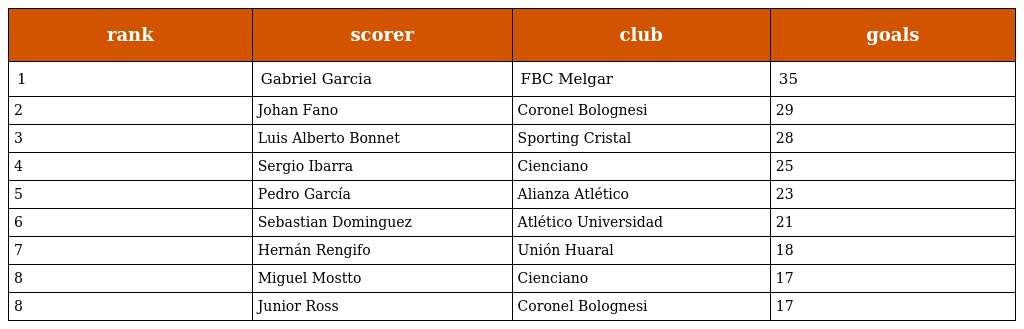
| rank | scorer | club | goals |
 | --- | --- | --- | --- |
 | 1 | Gabriel Garcia | FBC Melgar | 35 |
 | 2 | Johan Fano | Coronel Bolognesi | 29 |
 | 3 | Luis Alberto Bonnet | Sporting Cristal | 28 |
 | 4 | Sergio Ibarra | Cienciano | 25 |
 | 5 | Pedro García | Alianza Atlético | 23 |
 | 6 | Sebastian Dominguez | Atlético Universidad | 21 |
 | 7 | Hernán Rengifo | Unión Huaral | 18 |
 | 8 | Miguel Mostto | Cienciano | 17 |
 | 8 | Junior Ross | Coronel Bolognesi | 17 |